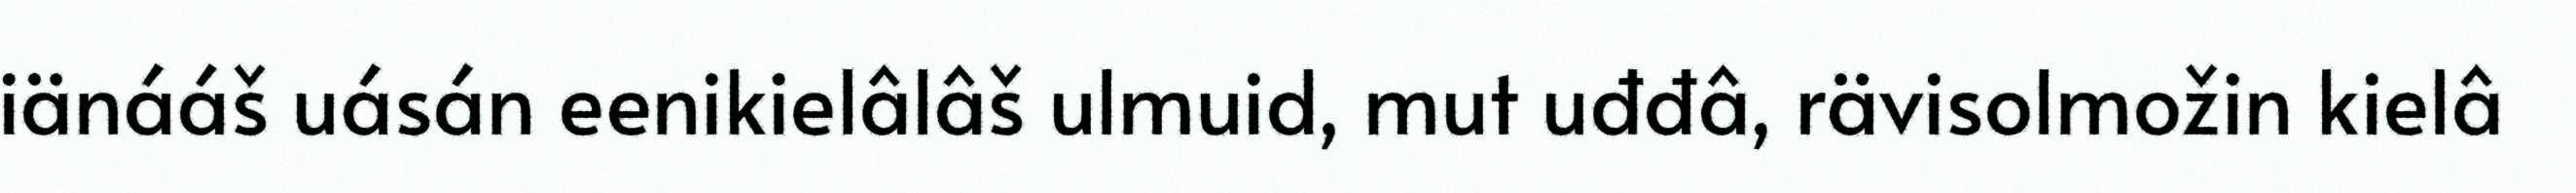
iänááš uásán eenikielâlâš ulmuid, mut uđđâ, rävisolmožin kielâ